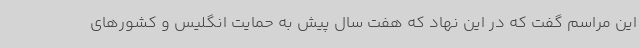
این مراسم گفت که در این نهاد که هفت سال پیش به حمایت انگلیس و کشورهای